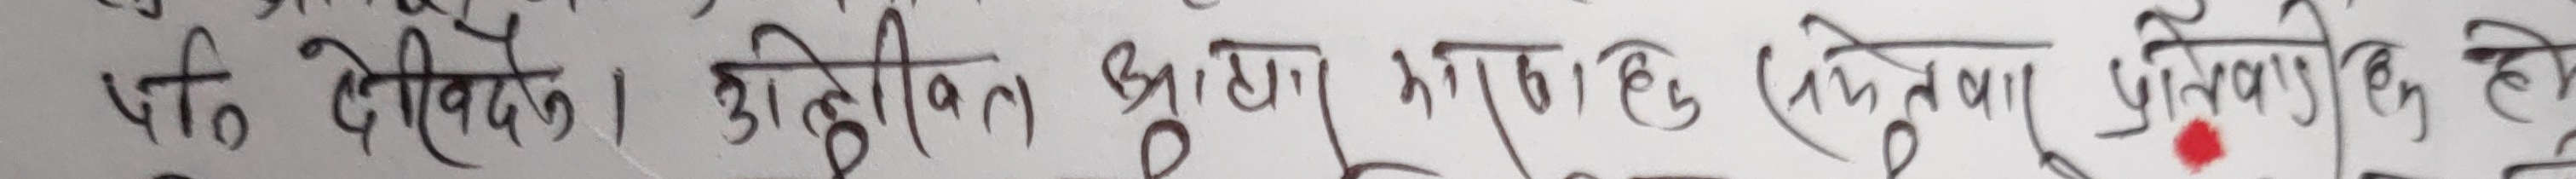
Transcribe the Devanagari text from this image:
पनि देख्दछ। ओलीले कृष्ण, भान्टाछु (सिनेमा) जिवारी हो।